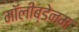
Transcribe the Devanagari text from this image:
मॉलीब्डेनम